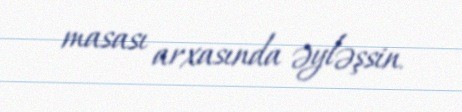
masası arxasında əyləşsin.